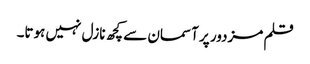
قلم مزدور پر آسمان سے کچھ نازل نہیں ہوتا۔